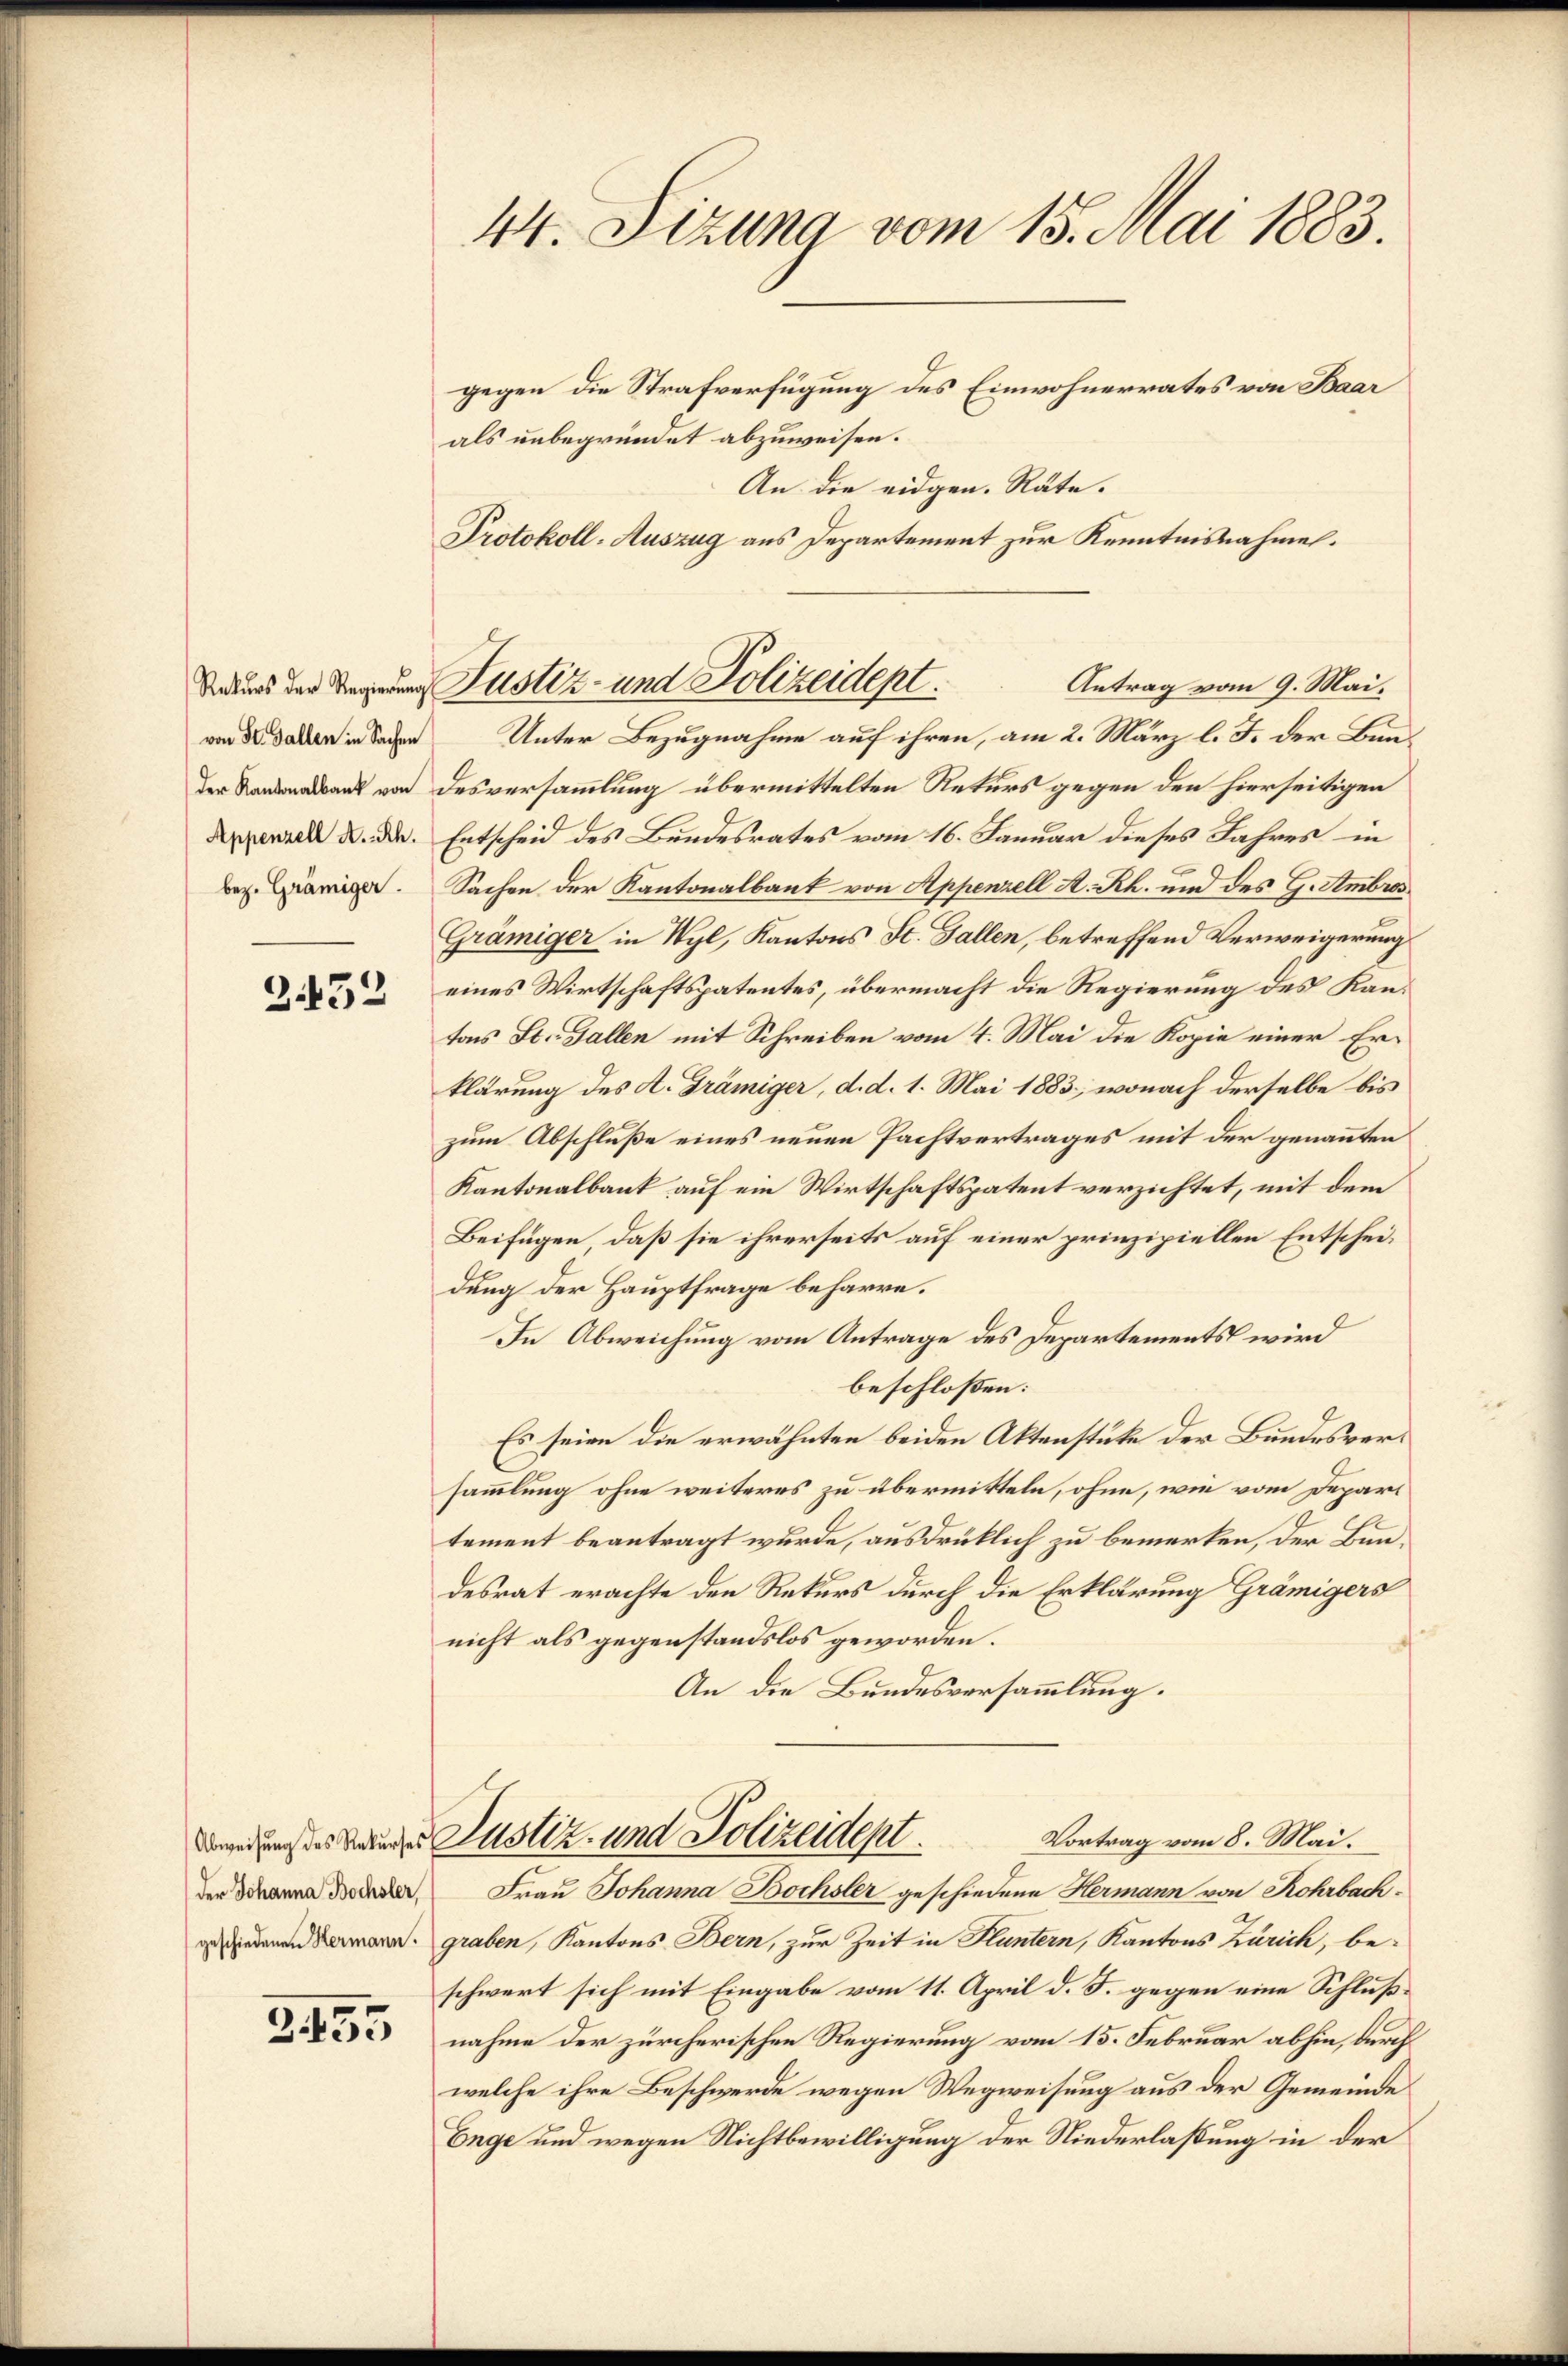
von St. Gallen in Sachen
Appenzell A.-Rh.
bez. Grämiger.

2.432

Der Johanna Bochsler,
geschiedenen Hermann.

3455

44. Sizung vom 15. Mai 1883.

gegen die Strafverfügung des Einwohnerrates von Baar
als unbegründet abzuweisen.
An die eidgen. Räte.
Protokoll-Auszug aus Departement zur Kenntnisnahme.
Unter Bezugnahme auf ihren, am 2. März l. J. der Bunaal von desversammlung übermittelten Rekurs gegen den hierseitigen
Entscheid des Bundesrates vom 16. Januar dieses Jahres in
Sachen der Kantonalbank von Appenzell A. Rh. und des G. Ambros
Grämiger in Wyl, Kantons St. Gallen, betreffend Verweigerung
eines Wirtschaftspatentes, übermacht die Regierung des Kantons St. Gallen mit Schreiben vom 4. Mai die Kopie einer Erklärung des A. Grämiger, d. d. 1. Mai 1883, wonach derselbe bis
zum Abschluße eines neuen Pachtvertrages mit der genannten
Kantonalbank auf ein Wirtschaftspatent verzichtet, mit dem
Beifügen, daß sie ihrerseits auf einer prinzipiellen Entscheidung der Hauptfrage beharre.
In Abweichung vom Antrage des Departements wird
beschlossen:
Es seien die erwähnten beiden Aktenstüke der Bundesversammlung ohne weiteres zu übermitteln, ohne, wie vom Depart
tement beantragt wurde, ausdrücklich zu bemerken, der Bundesrat erachte den Rekurs durch die Erklärung Grämigers
nicht als gegenstandslos geworden.
f
An die Bundesversammlung.
Vortrag vom 8. Mai.
edung des Grundes Justiz- und Polizeident.
Frau Johanna Bochsler geschiedene Hermann von Rohrbachgraben, Kantons Bern, zur Zeit in Fluntern, Kantons Zürich, be-
schwert sich mit Eingabe vom 11. April d. J. gegen eine Schlußnahme der zürcherischen Regierung vom 15. Februar abhin, durch
welche ihre Beschwerde wegen Wegweisung aus der Gemeinde
Enge und wegen Nichtbewilligung der Niederlassung in der

Daus der Regelung Justiz- und Polizeidept.

Antrag vom 9. Mai.